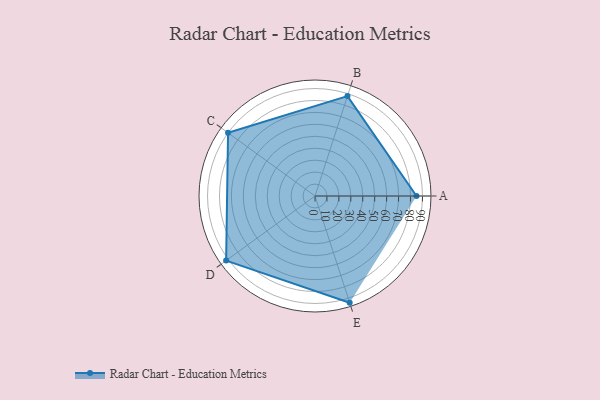
{"axis": {"x": "Skill", "y": "Score"}, "legend": ["Profile"], "data": [{"x": "A", "y": 85.0, "type": "Profile"}, {"x": "B", "y": 88.0, "type": "Profile"}, {"x": "C", "y": 90.0, "type": "Profile"}, {"x": "D", "y": 92.0, "type": "Profile"}, {"x": "E", "y": 94.0, "type": "Profile"}]}